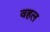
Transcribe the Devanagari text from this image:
वहल